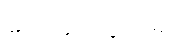
ပေးအပ်သွားမည်